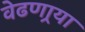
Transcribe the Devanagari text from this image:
वेढणार्‍या